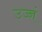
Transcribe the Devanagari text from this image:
उच्चं